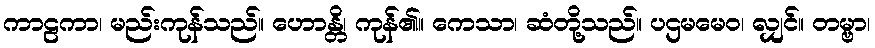
ကာဠကာ၊ မည်းကုန်သည်။ ဟောန္တိ၊ ကုန်၏။ ကေသာ၊ ဆံတို့သည်။ ပဌမမေဝ၊ လျှင်။ တမ္ဗာ၊